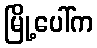
မြို့ပေါ်က